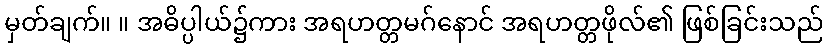
မှတ်ချက်။ ။ အဓိပ္ပါယ်၌ကား အရဟတ္တမဂ်နောင် အရဟတ္တဖိုလ်၏ ဖြစ်ခြင်းသည်